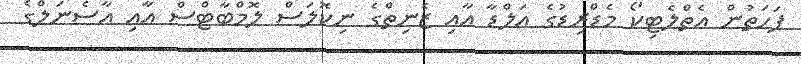
ފަހަތުން އެތްލެޓިކޯ މެޑްރިޑުގެ އަލްޑާ އާއި ޒެނިތްގެ ނިކޮލަސް ލޮމްބާޓްސް އާއި އާސެނަލްގެ